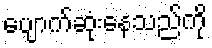
ပျောက်ဆုံးနေသည်ကို